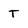
Character: T